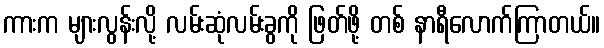
ကားက များလွန်းလို့ လမ်းဆုံလမ်းခွကို ဖြတ်ဖို့ တစ် နာရီလောက်ကြာတယ်။